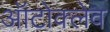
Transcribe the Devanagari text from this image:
ऑटोक्‍लेव